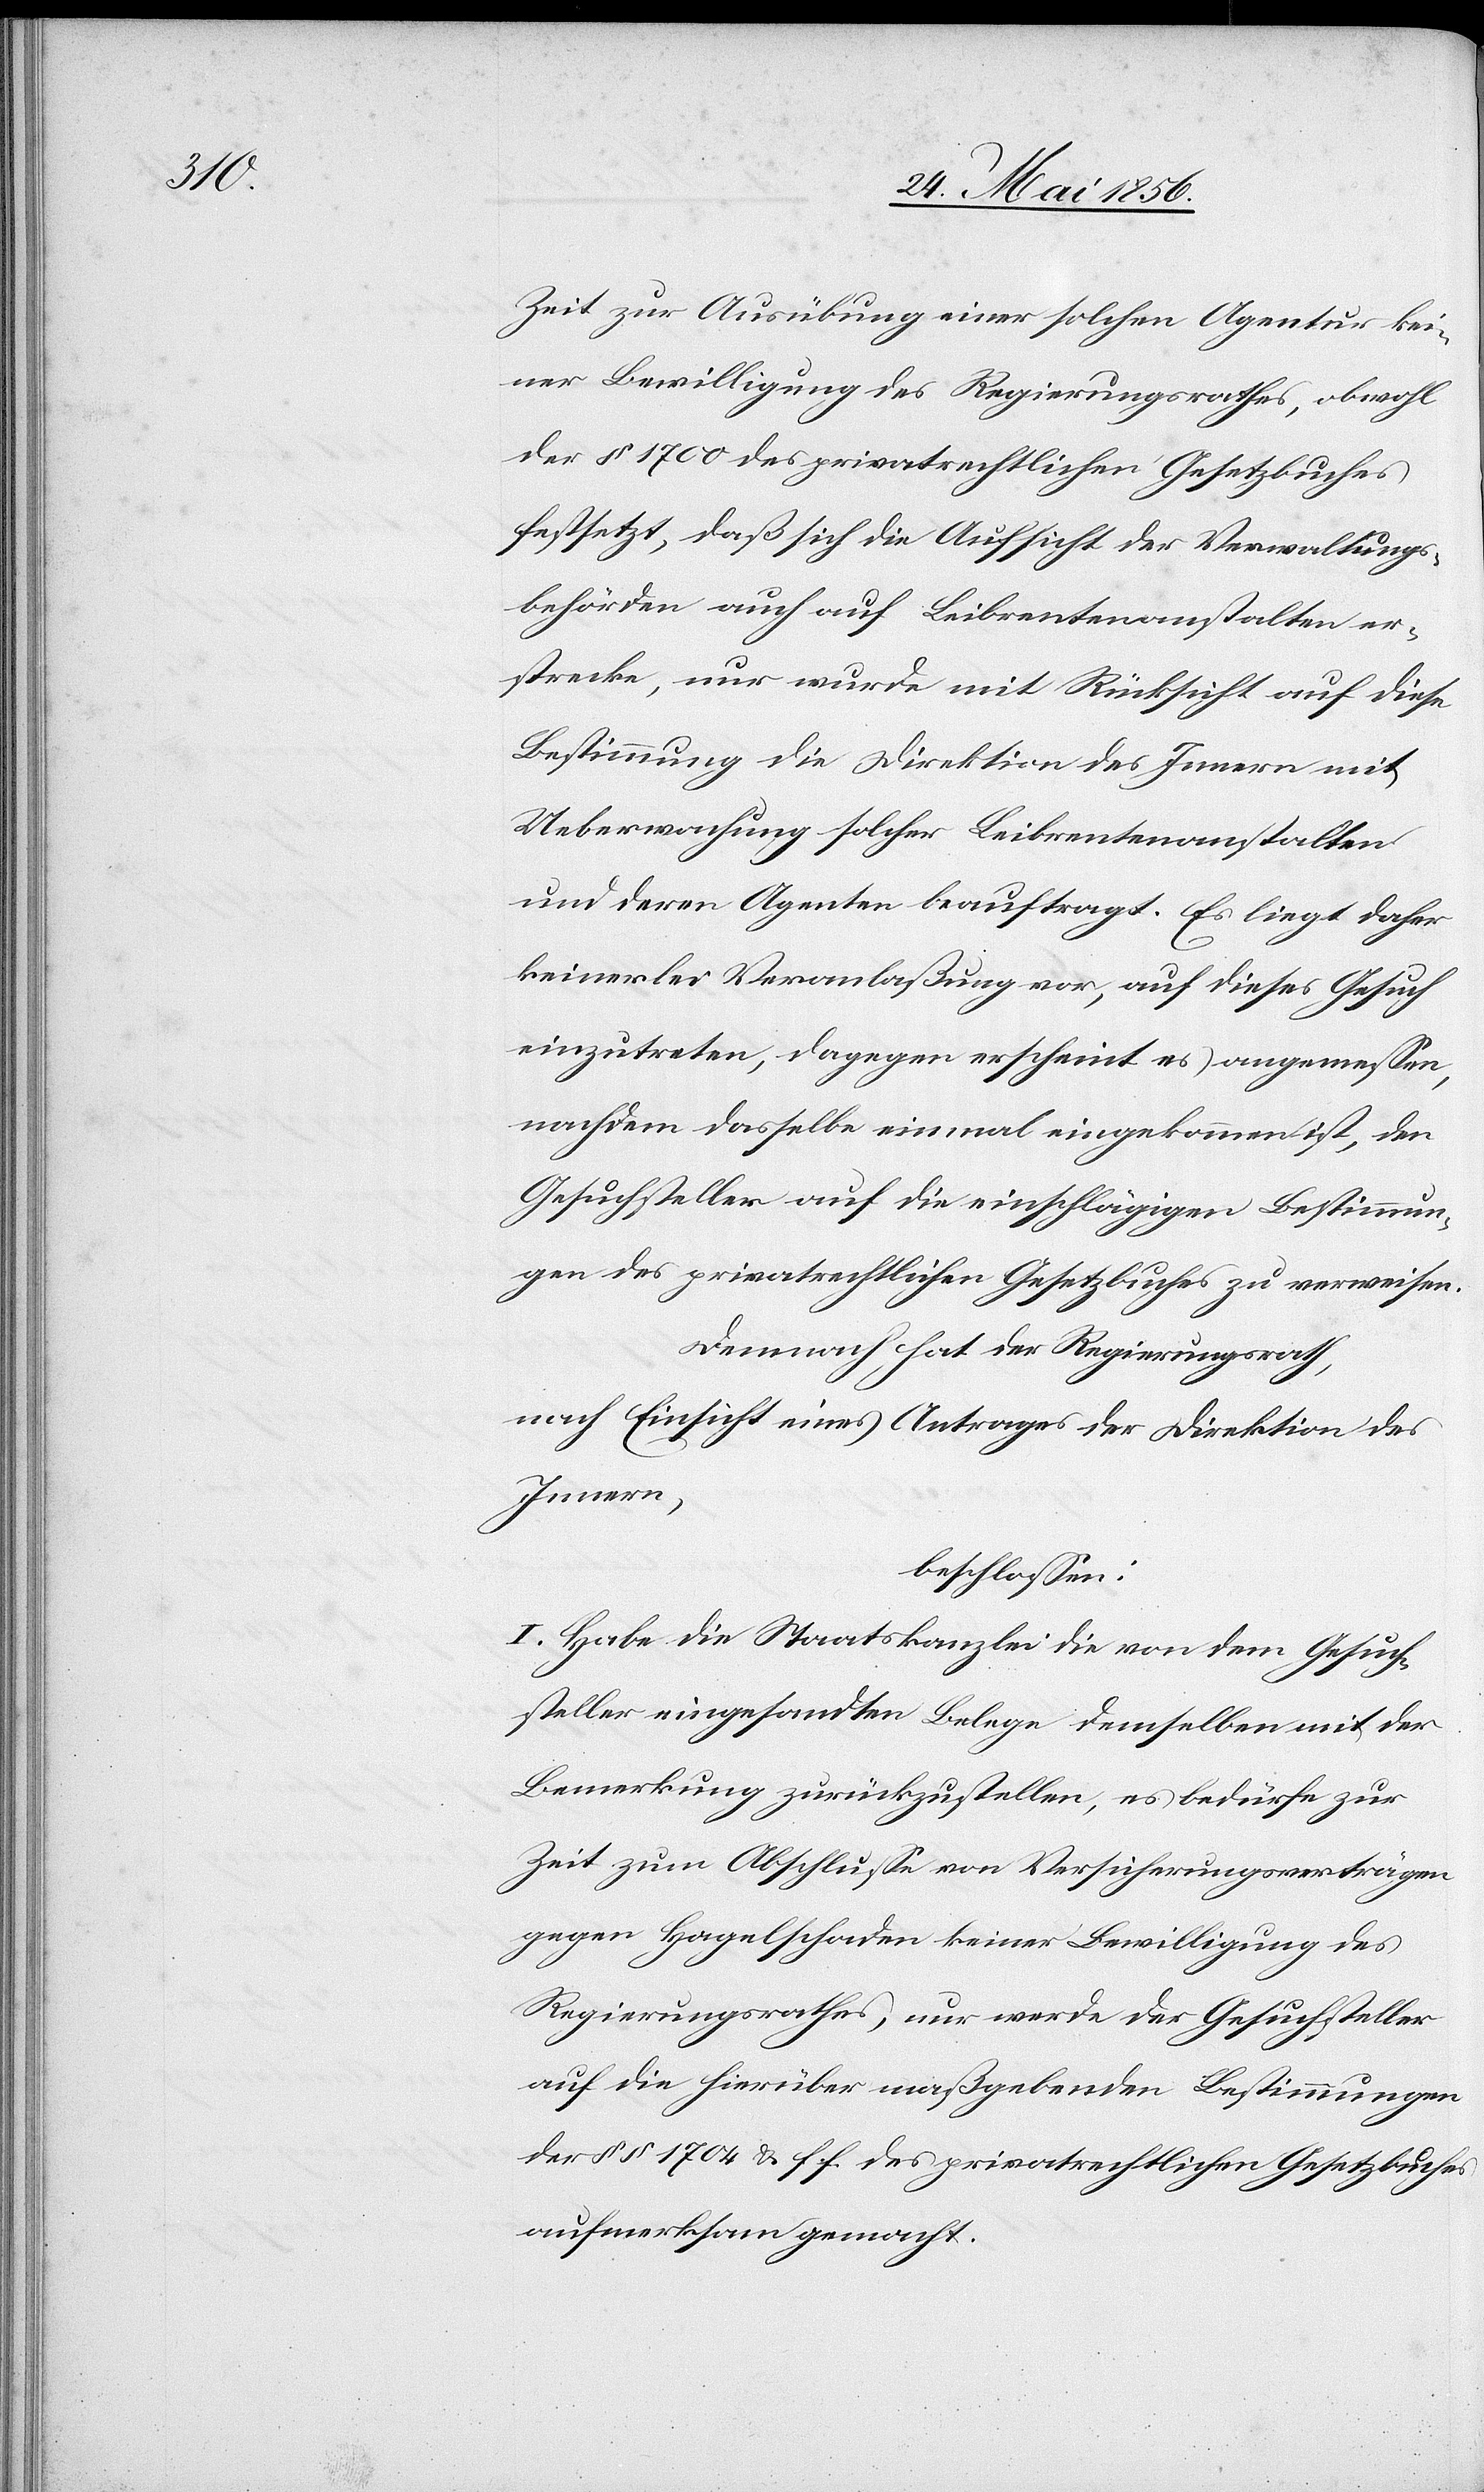
Zeit zur Ausübung einer solchen Agentur kei¬
ner Bewilligung des Regierungsrathes, obwohl
der § 1700 des privatrechtlichen Gesetzbuches
festsetzt, daß sich die Aufsicht der Verwaltungs¬
behörden auch auf Leibrentenanstalten er¬
strecke, nur wurde mit Rücksicht auf diese
Bestimmung die Direktion des Innern mit
Ueberwachung solcher Leibrentenanstalten
und deren Agenten beauftragt. Es liegt daher
keinerlei Veranlaßung vor, auf dieses Gesuch
einzutreten, dagegen erscheint es angemessen,
nachdem dasselbe einmal eingekommen ist, den
Gesuchsteller auf die einschlägigen Bestimmun¬
gen des privatrechtlichen Gesetzbuches zu verweisen.
Demnach hat der Regierungsrath,
nach Einsicht eines Antrages der Direktion des
Innern,
beschlossen:
I. Habe die Staatskanzlei die von dem Gesuch¬
steller eingesandten Belege demselben mit der
Bemerkung zurückzustellen, es bedürfe zur
Zeit zum Abschlusse von Versicherungsverträgen
gegen Hagelschaden keiner Bewilligung des
Regierungsrathes, nur werde der Gesuchsteller
auf die hierüber maßgebenden Bestimmungen
der §§ 1704 & f. f. des privatrechtlichen Gesetzbuches
aufmerksam gemacht.